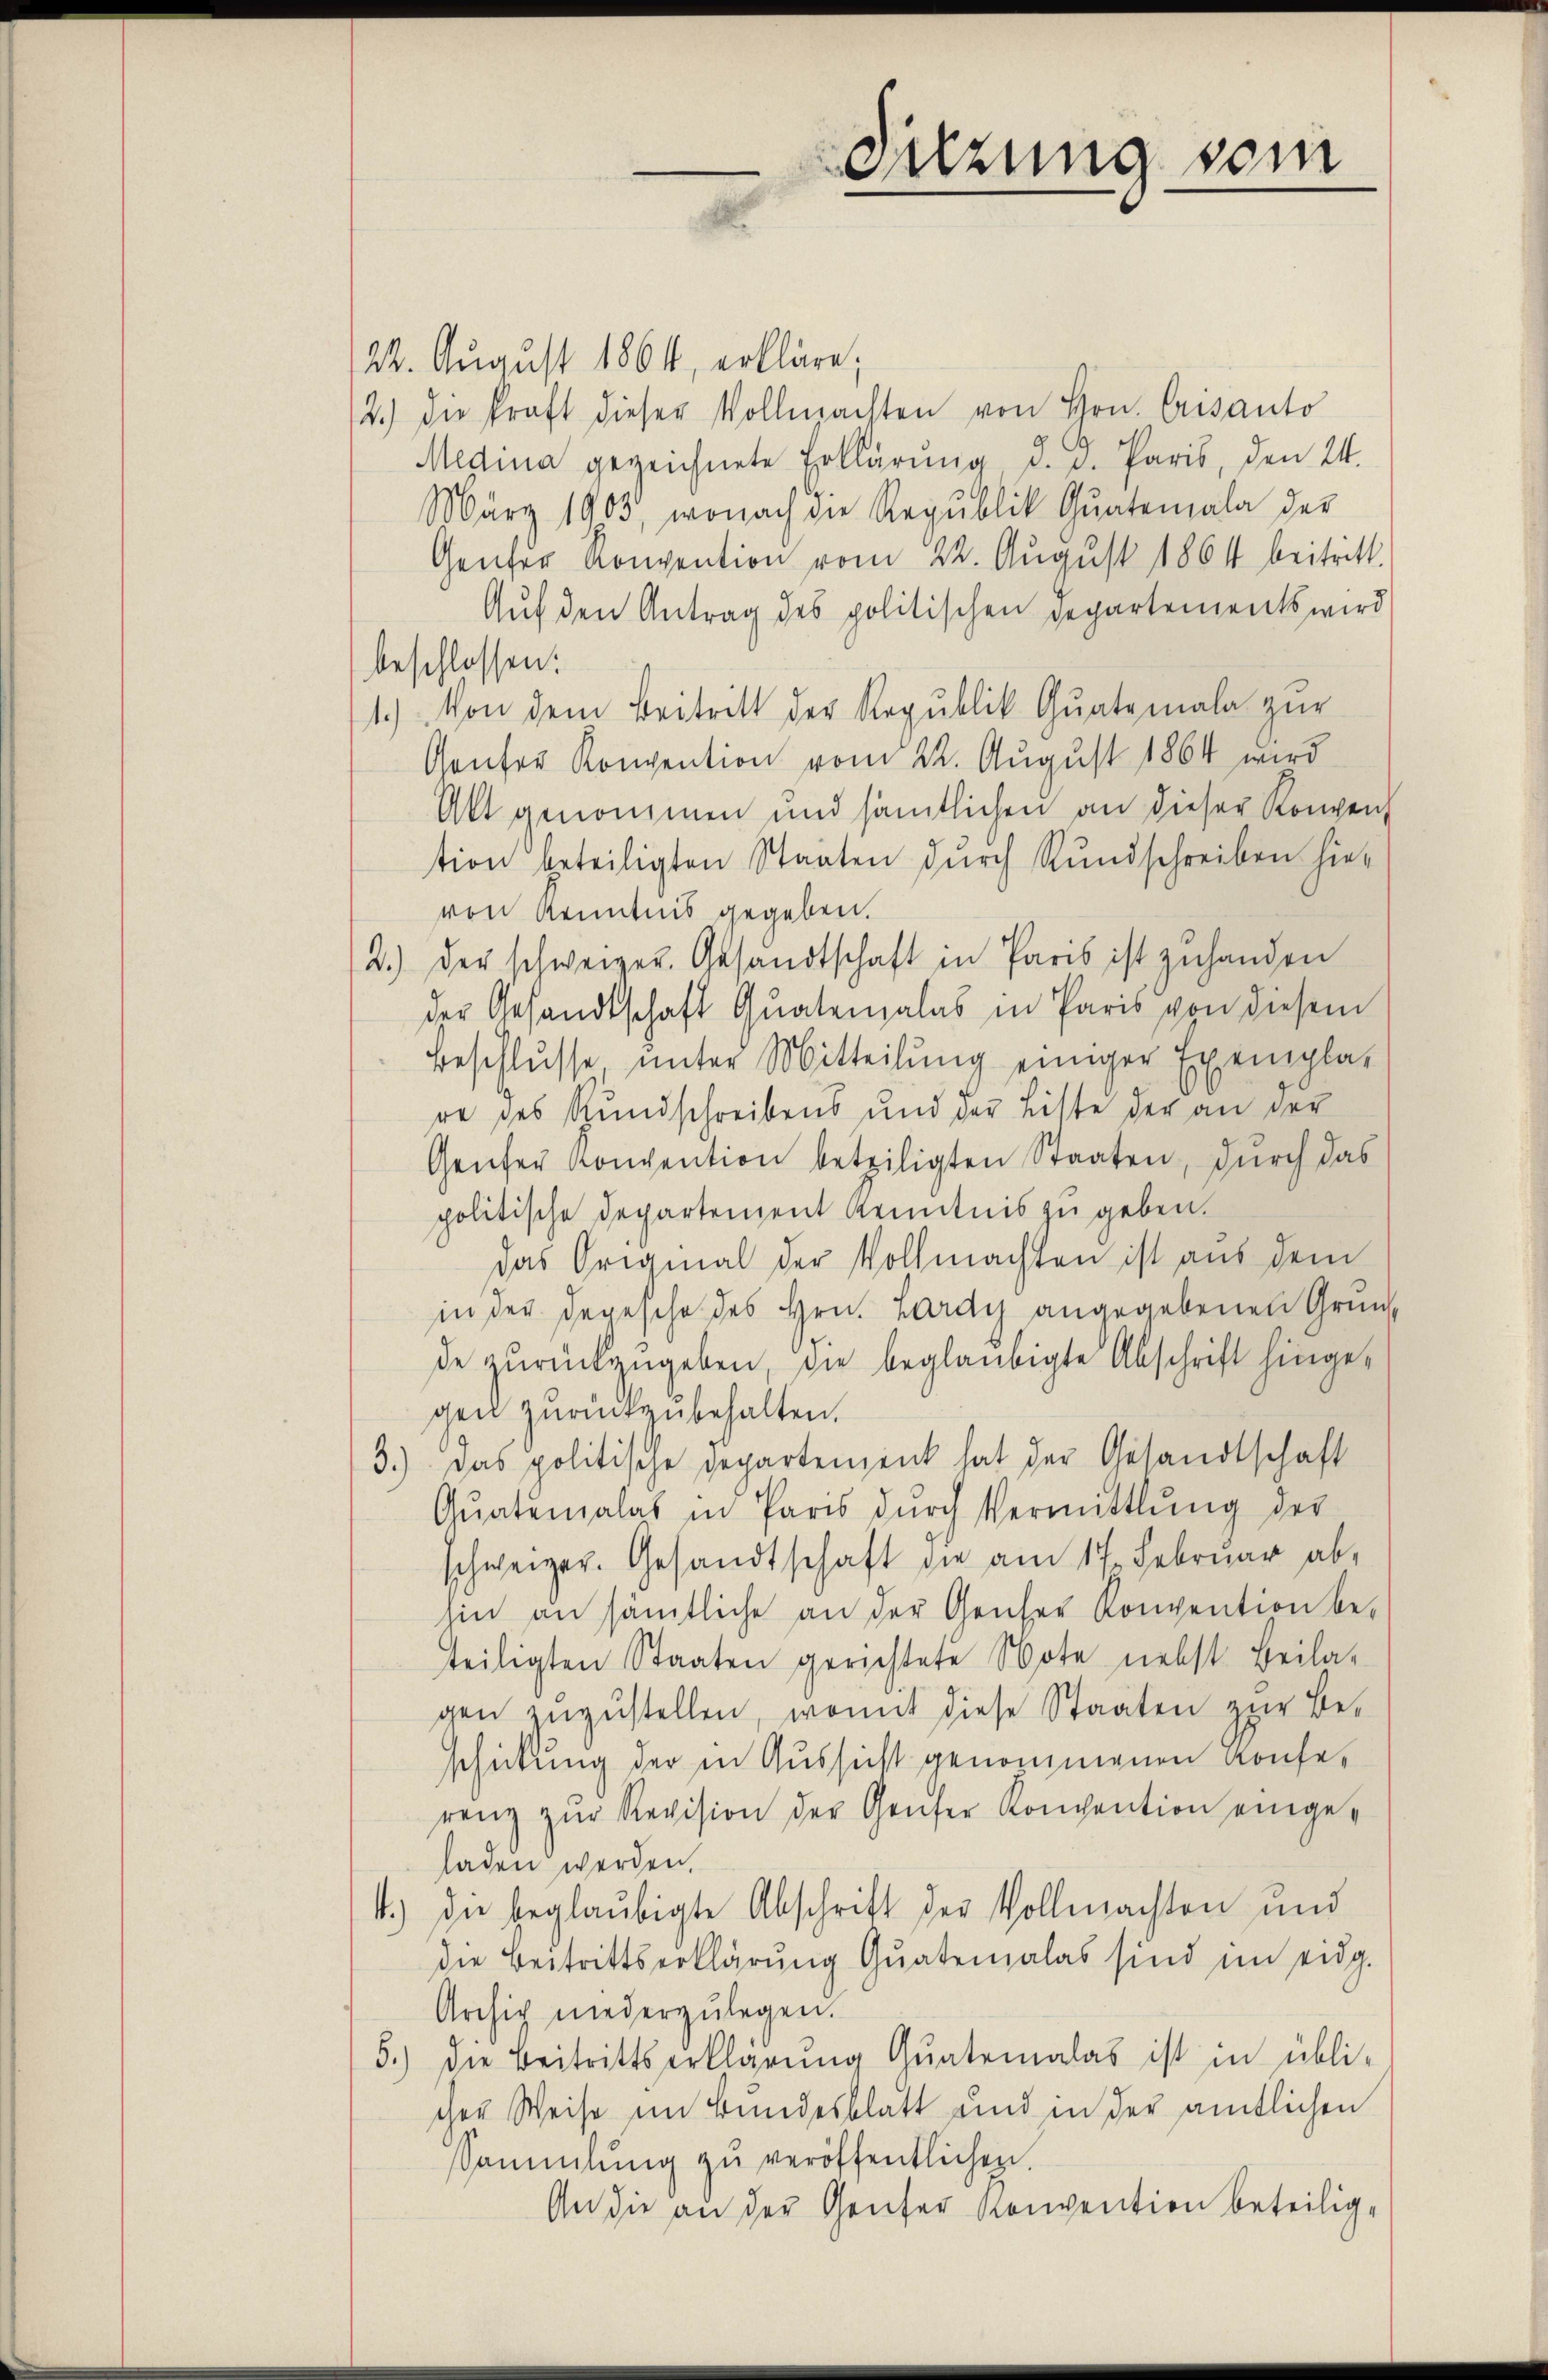
24. August 1864, erkläre;
2.) Die kraft dieser Vollmachten von Hrn. Crisanto
Media gezeichnete Erklärung d. d. Paris, den 24.
März 1903, wonach die Republik Qŭatemala der
Genfer Konvention vom 22. August 1864 beitritt.
Auf den Antrag des politischen Departements wird
beschlossen:
1.) Von dem Beitritt der Republik Qŭatemala zur
Ganter Konvention vom 22. August 1864 wird
Akt genommen und sämtlichen an dieser Konven
tion beteiligten Staaten durch Rundschreiben hier
von Kenntnis gegeben.
2.) Der schweizer. Gesandtschaft in Paris ist zuhanden
der Gesandtschaft Quatenzalas in Paris von diesem
Beschlŭsse ŭnter Mitteilŭng einiger Exempla-
re des Rundschreibens und der Liste der an der
Geufer Konvention beteiligten Staaten, durch das
politische Departement Kenntnis zu geben.
Das Original der Vollmachten ist aus dem
in der Depesche des Hrn. Lardy angegebenen Grundde zurückzugeben, die beglaubigte Abschrift hingegen zurückzubehalten.
3.) Das politische Departement hat der Gesandtschaft
Qŭatemalas in Paris dŭrch Vermittlung der
schweizer. Gesandtschaft die am 17. Februar abhin an sämtliche an der Geiser Konvention be-
teiligten Staaten gerichtete Note nebst Beila-
gen zŭzŭstellen, womit diese Staaten zur Be-
schickung der in Aussicht genommenen Konferenz zŭr Revision der Genfer Kompention eingeladen werden.
1.) Die beglaubigte Abschrift der Vollmachten und
die Beitrittserklärung quatemalas sind im eidg.
Archiv niederzŭlegen.
5.) Die Beitrittserklärung quatemalas ist in übli-
cher Weise im Bundesblatt und in der amtlichen
Sammlung zŭ veröffentlichen.
An die an der Genfer Konvention beteilig.

Setzung sein